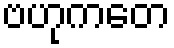
ဗဟုကတေ